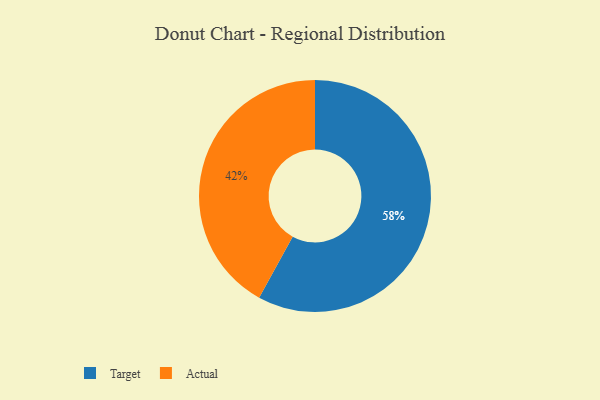
{"axis": {"x": "Category", "y": "Percentage"}, "legend": ["Actual", "Target"], "data": [{"x": "Actual", "y": 42, "type": "Actual"}, {"x": "Target", "y": 58, "type": "Target"}]}